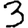
Digit: 3